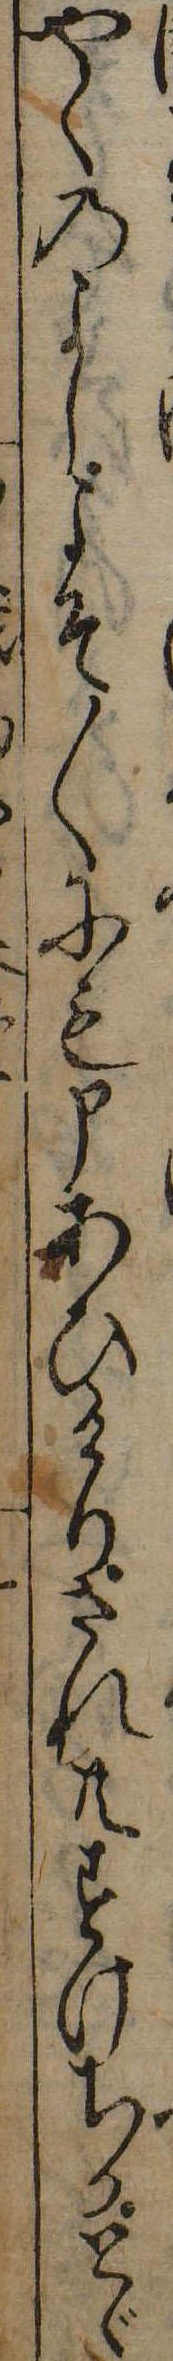
やくのよしよそ〱にも申あひけりされ共すけちかとゞ